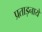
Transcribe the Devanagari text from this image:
प्रताड़नायें